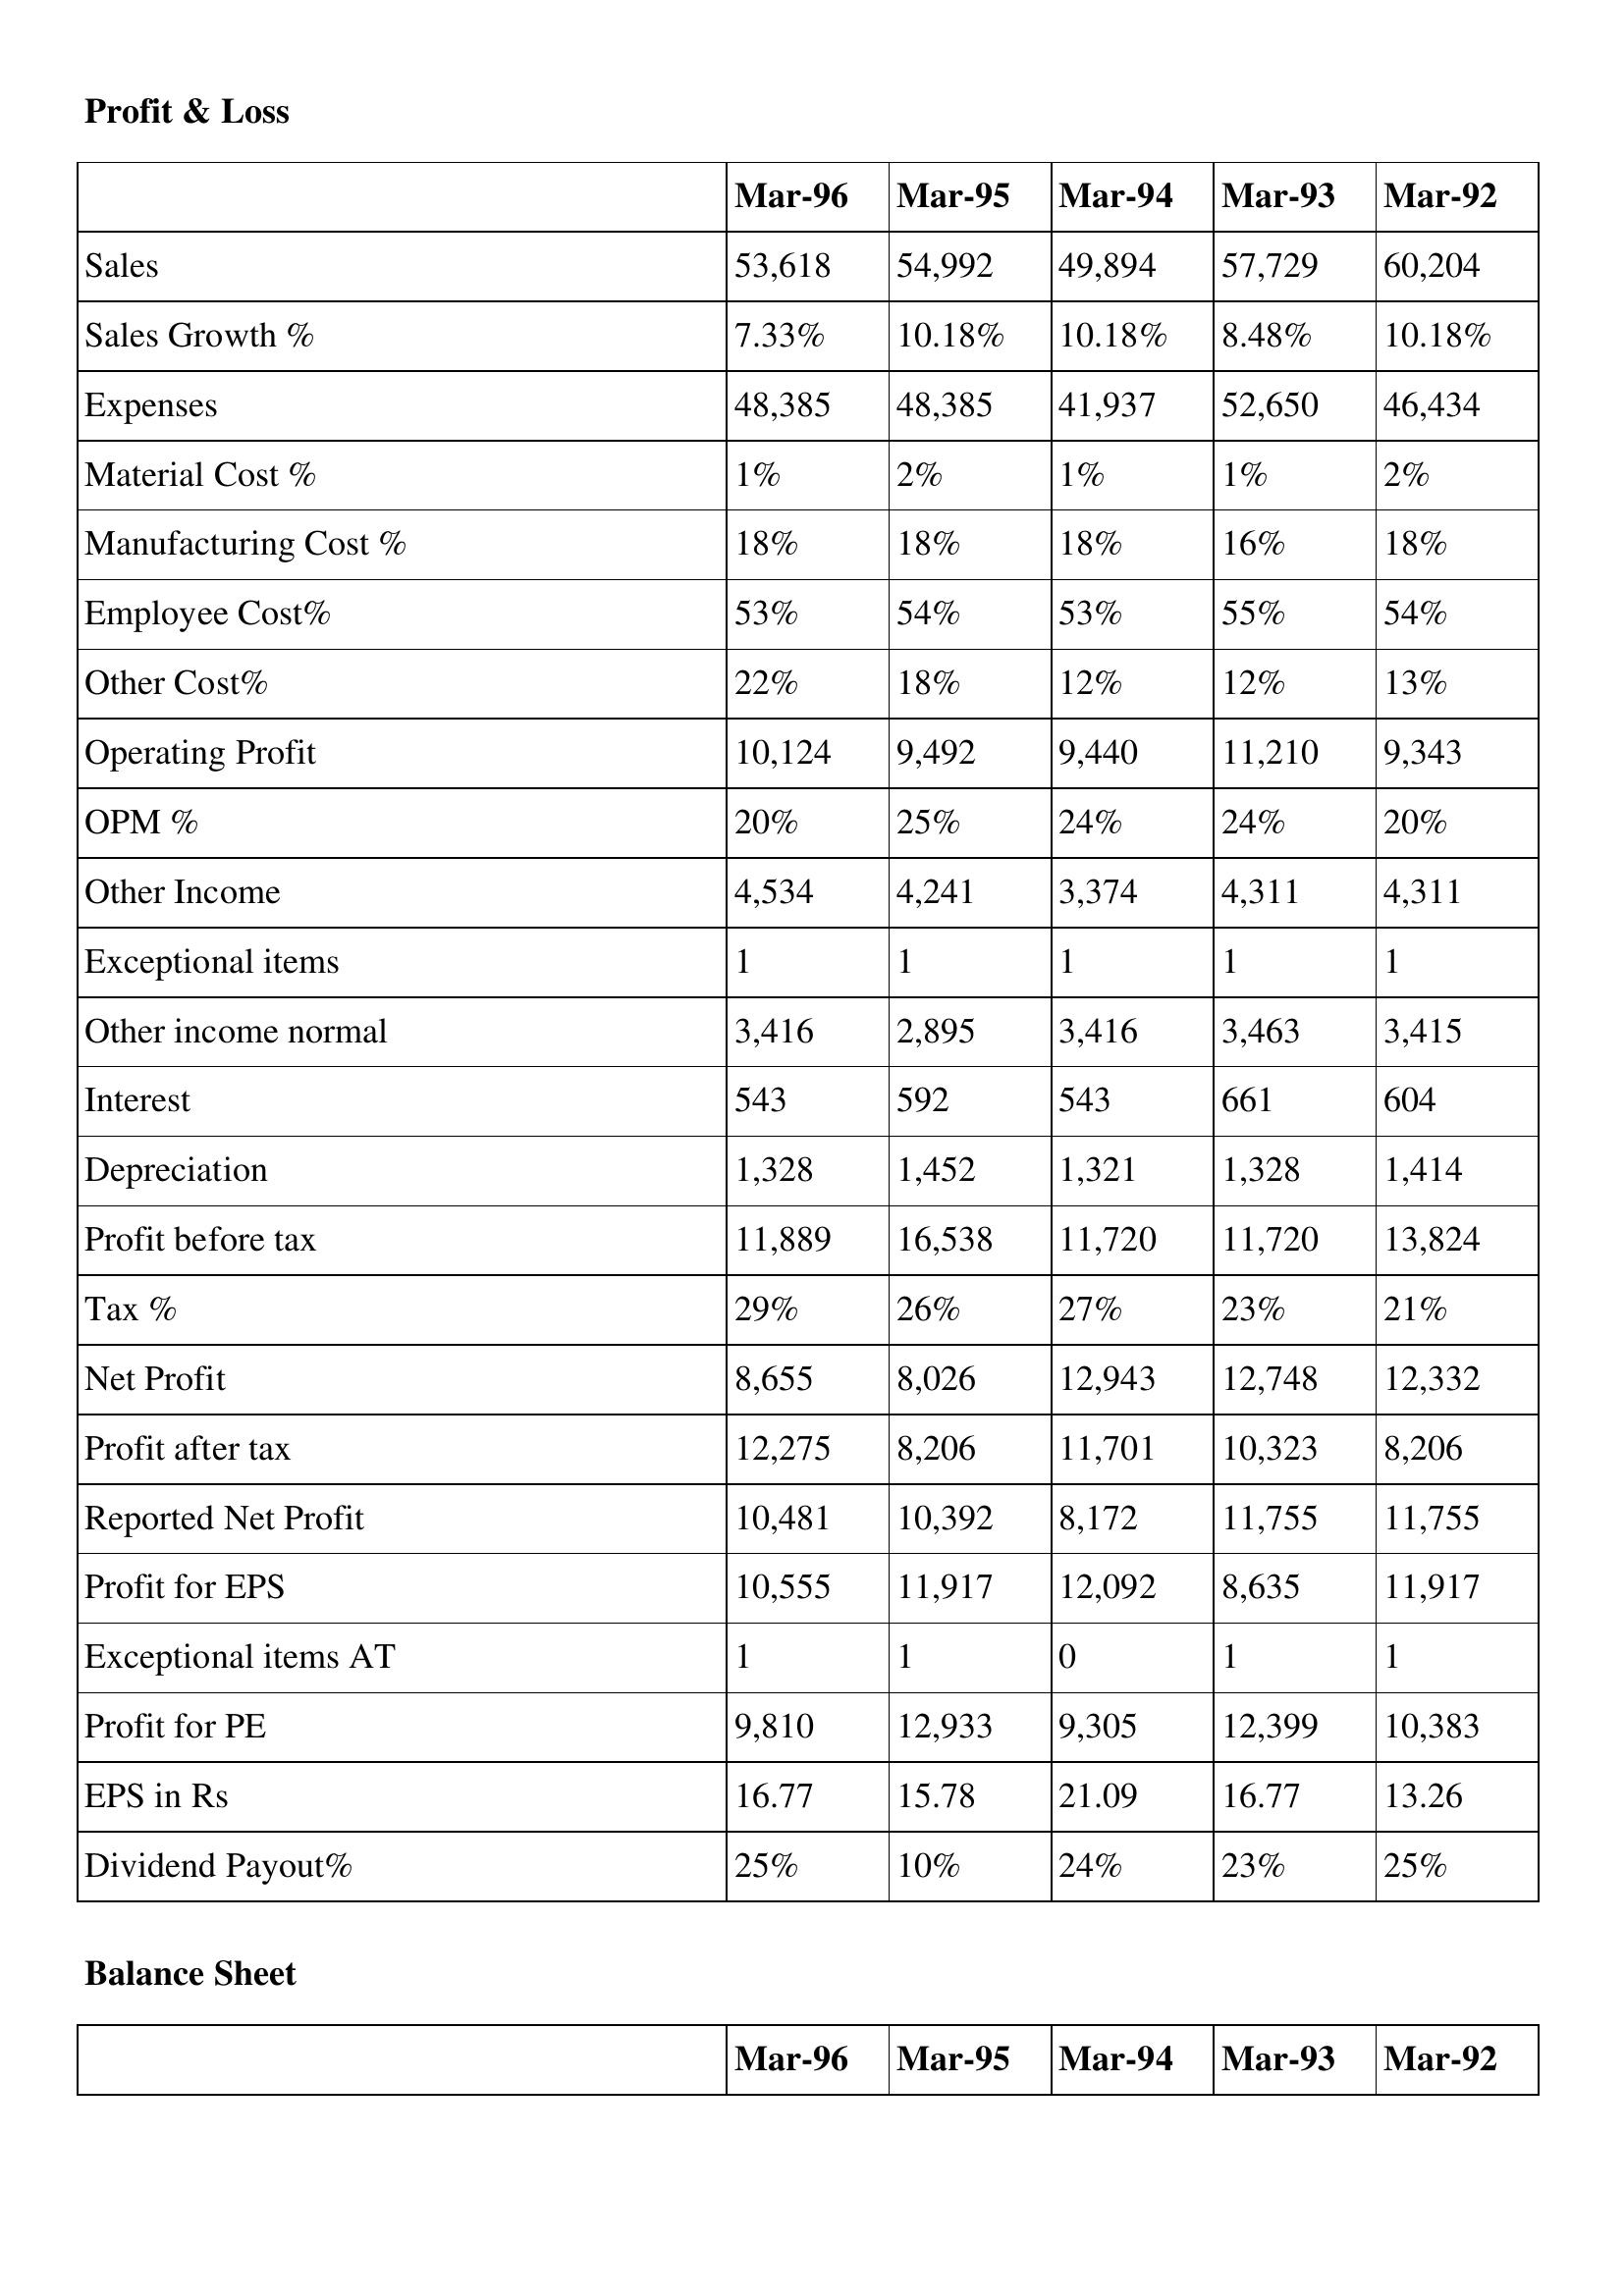
gt_parse: Mar-96: Profit & Loss: Sales: 53,618
Sales Growth %: 7.33%
Expenses: 48,385
Material Cost %: 1%
Manufacturing Cost %: 18%
Employee Cost%: 53%
Other Cost%: 22%
Operating Profit: 10,124
OPM %: 20%
Other Income: 4,534
Exceptional items: 1
Other income normal: 3,416
Interest: 543
Depreciation: 1,328
Profit before tax: 11,889
Tax %: 29%
Net Profit: 8,655
Profit after tax: 12,275
Reported Net Profit: 10,481
Profit for EPS: 10,555
Exceptional items AT: 1
Profit for PE: 9,810
EPS in Rs: 16.77
Dividend Payout%: 25%
Mar-95: Profit & Loss: Sales: 54,992
Sales Growth %: 10.18%
Expenses: 48,385
Material Cost %: 2%
Manufacturing Cost %: 18%
Employee Cost%: 54%
Other Cost%: 18%
Operating Profit: 9,492
OPM %: 25%
Other Income: 4,241
Exceptional items: 1
Other income normal: 2,895
Interest: 592
Depreciation: 1,452
Profit before tax: 16,538
Tax %: 26%
Net Profit: 8,026
Profit after tax: 8,206
Reported Net Profit: 10,392
Profit for EPS: 11,917
Exceptional items AT: 1
Profit for PE: 12,933
EPS in Rs: 15.78
Dividend Payout%: 10%
Mar-94: Profit & Loss: Sales: 49,894
Sales Growth %: 10.18%
Expenses: 41,937
Material Cost %: 1%
Manufacturing Cost %: 18%
Employee Cost%: 53%
Other Cost%: 12%
Operating Profit: 9,440
OPM %: 24%
Other Income: 3,374
Exceptional items: 1
Other income normal: 3,416
Interest: 543
Depreciation: 1,321
Profit before tax: 11,720
Tax %: 27%
Net Profit: 12,943
Profit after tax: 11,701
Reported Net Profit: 8,172
Profit for EPS: 12,092
Exceptional items AT: 0
Profit for PE: 9,305
EPS in Rs: 21.09
Dividend Payout%: 24%
Mar-93: Profit & Loss: Sales: 57,729
Sales Growth %: 8.48%
Expenses: 52,650
Material Cost %: 1%
Manufacturing Cost %: 16%
Employee Cost%: 55%
Other Cost%: 12%
Operating Profit: 11,210
OPM %: 24%
Other Income: 4,311
Exceptional items: 1
Other income normal: 3,463
Interest: 661
Depreciation: 1,328
Profit before tax: 11,720
Tax %: 23%
Net Profit: 12,748
Profit after tax: 10,323
Reported Net Profit: 11,755
Profit for EPS: 8,635
Exceptional items AT: 1
Profit for PE: 12,399
EPS in Rs: 16.77
Dividend Payout%: 23%
Mar-92: Profit & Loss: Sales: 60,204
Sales Growth %: 10.18%
Expenses: 46,434
Material Cost %: 2%
Manufacturing Cost %: 18%
Employee Cost%: 54%
Other Cost%: 13%
Operating Profit: 9,343
OPM %: 20%
Other Income: 4,311
Exceptional items: 1
Other income normal: 3,415
Interest: 604
Depreciation: 1,414
Profit before tax: 13,824
Tax %: 21%
Net Profit: 12,332
Profit after tax: 8,206
Reported Net Profit: 11,755
Profit for EPS: 11,917
Exceptional items AT: 1
Profit for PE: 10,383
EPS in Rs: 13.26
Dividend Payout%: 25%